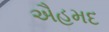
ઐહમદ